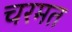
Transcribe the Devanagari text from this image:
चरमत